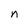
Character: n